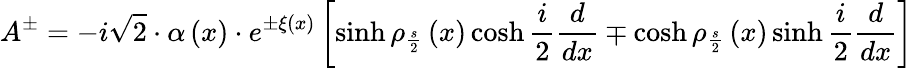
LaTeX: A^{\pm}=-i\sqrt{2}\cdot\alpha\left(x\right)\cdot e^{\pm\xi\left(x\right)}\left[\sinh\rho_{\frac{s}{2}}\left(x\right)\cosh\frac{i}{2}\frac{d}{dx}\mp\cosh\rho_{\frac{s}{2}}\left(x\right)\sinh\frac{i}{2}\frac{d}{dx}\right]